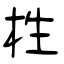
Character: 栍